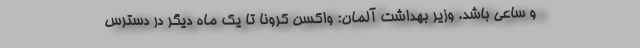
و ساعی باشد. وزیر بهداشت آلمان: واکسن کرونا تا یک ماه دیگر در دسترس